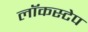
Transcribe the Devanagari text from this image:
लॉकस्टेप